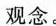
观念。